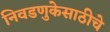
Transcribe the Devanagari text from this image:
निवडणुकेसाठीचे